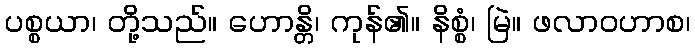
ပစ္စယာ၊ တို့သည်။ ဟောန္တိ၊ ကုန်၏။ နိစ္စံ၊ မြဲ။ ဖလာဝဟာစ၊